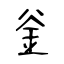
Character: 釡